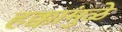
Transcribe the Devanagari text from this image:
हक्कांमुळे